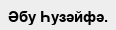
Әбу Һузәйфә.